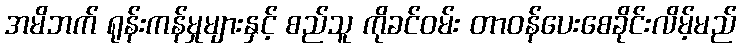
အမိဘက် ရုန်းကန်မှုများနှင့် စည်သူ ကိုခင်ဝမ်း တာဝန်ပေးစေခိုင်းလိမ့်မည်